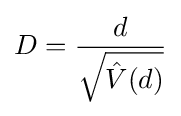
D={\frac {d}{\sqrt {{\hat {V}}(d)}}}